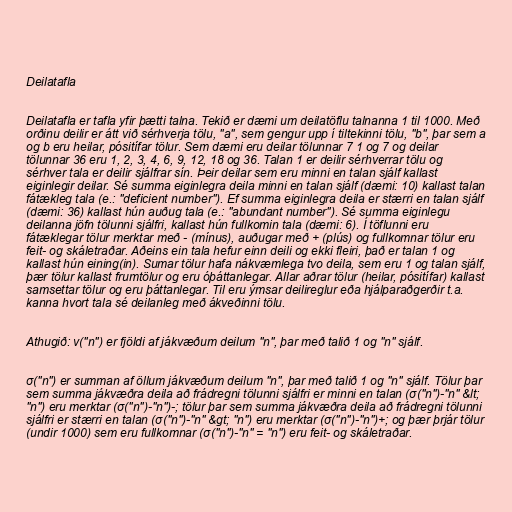
Deilatafla

Deilatafla er tafla yfir þætti talna. Tekið er dæmi um deilatöflu talnanna 1 til 1000. Með
orðinu deilir er átt við sérhverja tölu, "a", sem gengur upp í tiltekinni tölu, "b", þar sem a
og b eru heilar, pósitífar tölur. Sem dæmi eru deilar tölunnar 7 1 og 7 og deilar
tölunnar 36 eru 1, 2, 3, 4, 6, 9, 12, 18 og 36. Talan 1 er deilir sérhverrar tölu og
sérhver tala er deilir sjálfrar sín. Þeir deilar sem eru minni en talan sjálf kallast
eiginlegir deilar. Sé summa eiginlegra deila minni en talan sjálf (dæmi: 10) kallast talan
fátækleg tala (e.: "deficient number"). Ef summa eiginlegra deila er stærri en talan sjálf
(dæmi: 36) kallast hún auðug tala (e.: "abundant number"). Sé summa eiginlegu
deilanna jöfn tölunni sjálfri, kallast hún fullkomin tala (dæmi: 6). Í töflunni eru
fátæklegar tölur merktar með - (mínus), auðugar með + (plús) og fullkomnar tölur eru
feit- og skáletraðar. Aðeins ein tala hefur einn deili og ekki fleiri, það er talan 1 og
kallast hún eining(in). Sumar tölur hafa nákvæmlega tvo deila, sem eru 1 og talan sjálf,
þær tölur kallast frumtölur og eru óþáttanlegar. Allar aðrar tölur (heilar, pósitífar) kallast
samsettar tölur og eru þáttanlegar. Til eru ýmsar deilireglur eða hjálparaðgerðir t.a.
kanna hvort tala sé deilanleg með ákveðinni tölu.

Athugið: ν("n") er fjöldi af jákvæðum deilum "n", þar með talið 1 og "n" sjálf.

σ("n") er summan af öllum jákvæðum deilum "n", þar með talið 1 og "n" sjálf. Tölur þar
sem summa jákvæðra deila að frádregni tölunni sjálfri er minni en talan (σ("n")-"n" &lt;
"n") eru merktar (σ("n")-"n")-; tölur þar sem summa jákvæðra deila að frádregni tölunni
sjálfri er stærri en talan (σ("n")-"n" &gt; "n") eru merktar (σ("n")-"n")+; og þær þrjár tölur
(undir 1000) sem eru fullkomnar (σ("n")-"n" = "n") eru feit- og skáletraðar.